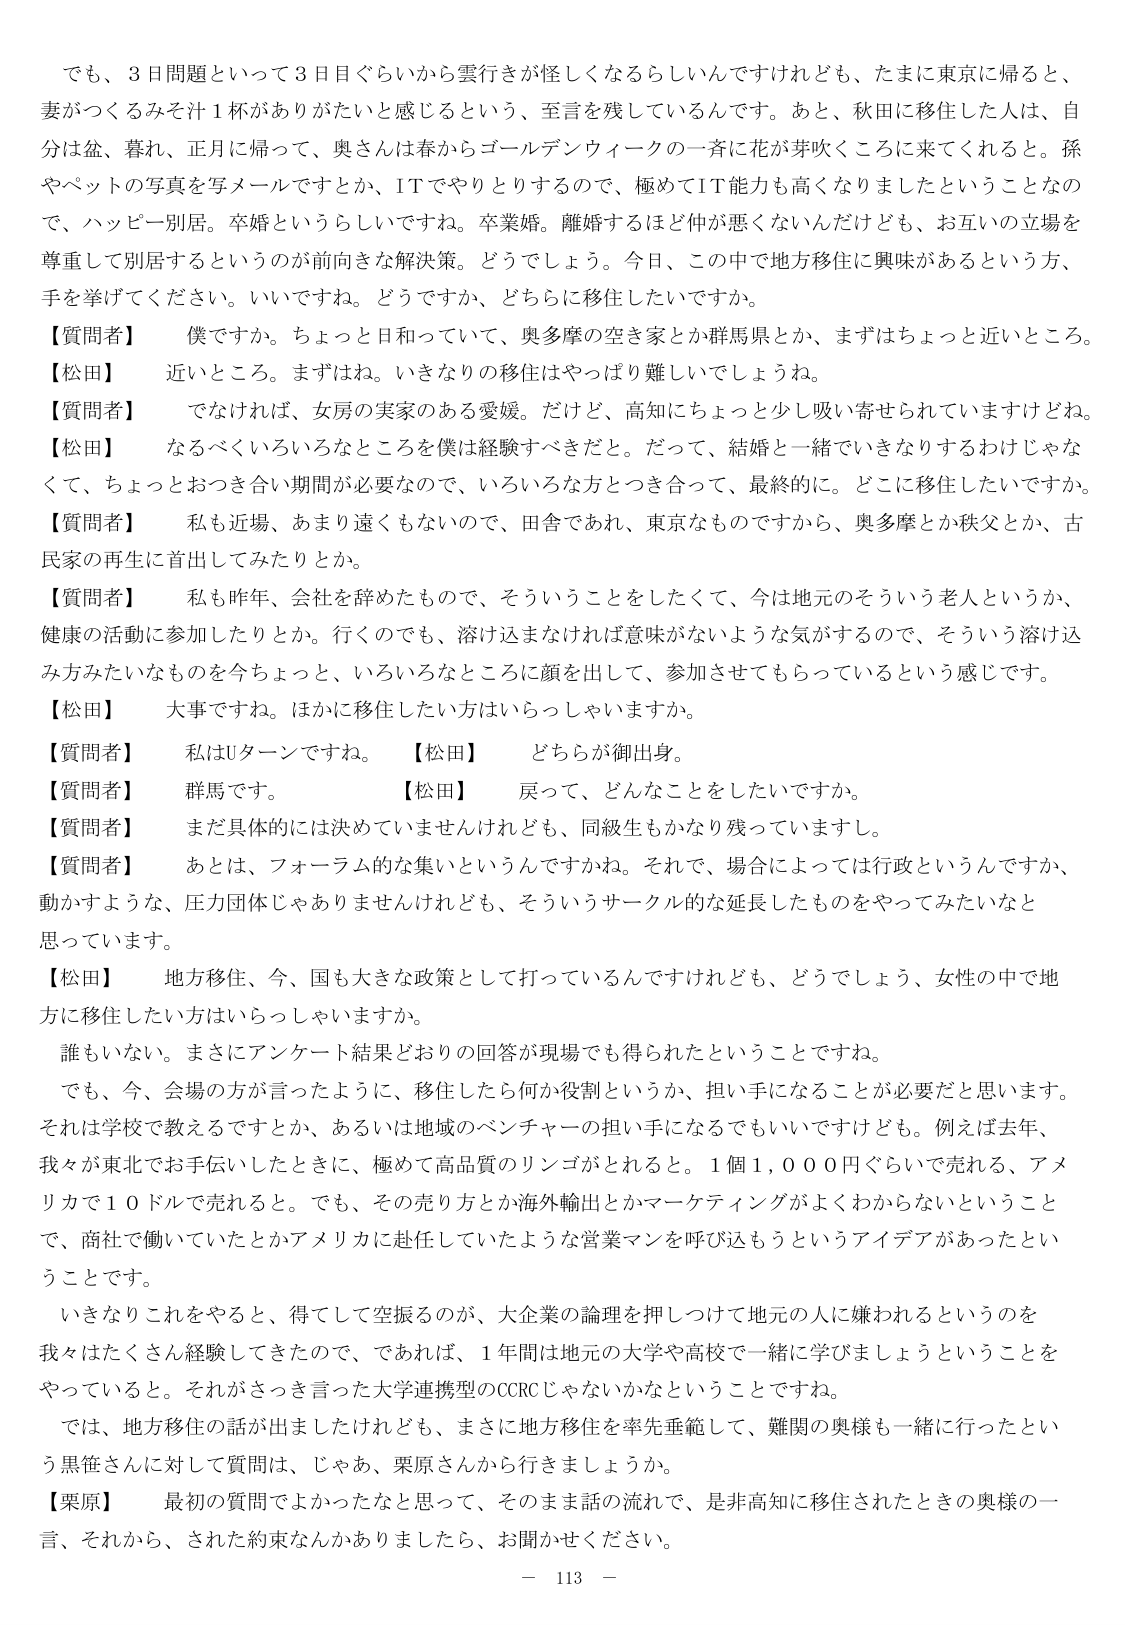
でも、3日間題といって3日目ぐらいから雲行きが怪しくなるらしいんですけども、たまに東京に帰ると、妻がつくるみそ汁1杯がありがたいと感じるという、至言を残しているんです。あと、秋田に移住した人は、自分は盆、暮れ、正月に帰って、奥さんは春からゴールデンウィークの一斉に花が芽吹くころに来てくれる。孫やペットの写真を写メールですとか、ITでやりとりするので、極めてIT能力も高くなりましたということなので、ハッピー別居。卒婚というらしいですね。卒業婚。離婚するほど仲が悪くないんだけども、お互いの立場を尊重して別居するというのが前向きな解決策。どうでしょう。今日、この中で地方移住に興味があるという方、手を挙げてください。いいですね。どうですか、どちらに移住したいですか。

【質問者】　僕ですか。ちょっと日和っていて、奥多摩の空き家とか群馬県とか、まずはちょっと近いところ。
【松田】　近いところ。まずはね。いきなりの移住はやっぱり難しいでしょうね。
【質問者】　でなければ、女房の実家のある愛媛。だけど、高知にちょっと少し吸い寄せられていますけどね。
【松田】　なるべくいろいろなところを僕は経験すべきだと。だって、結婚と一緒にいきなりするわけじゃなくて、ちょっとおつき合い期間が必要なので、いろいろな方とつき合って、最終的に。どこに移住したいですか。
【質問者】　私も近場、あまり遠くもないんで、田舎であれ、東京なものですから、奥多摩とか秩父とか、古民家の再生に首出してみたりとか。
【質問者】　私も昨年、会社を辞めたもので、そういうことをしたくて、今は地元のそういう老人というか、健康の活動に参加したりとか。行くのでも、溶け込まなければ意味がないような気がするので、そういう溶け込み方みたいなものを今ちょっと、いろいろなところに顔を出して、参加させてもらっているという感じです。
【松田】　大事ですね。ほかに移住したい方はいらっしゃいますか。
【質問者】　私はUターンですね。　【松田】　どちらが御出身。
【質問者】　群馬です。　【松田】　戻って、どんなことをしたいですか。
【質問者】　まだ具体的には決めていませんけれども、同級生もかなり残っていますし。
【質問者】　あとは、フォーラム的な集いというんですかね。それで、場合によっては行政というんですか、動かすような、圧力団体じゃありませんけれども、そういうサークル的な延長したものをやってみたいなと思っています。
【松田】　地方移住、今、国も大きな政策として打っているんですけども、どうでしょう、女性の中で地方に移住したい方はいらっしゃいますか。

誰もいない。まさにアンケート結果どおりの回答が現場でも得られたということですね。
でも、今、会場の方が言ったように、移住したら何か役割というか、担い手になることが必要だと思います。それは学校で教えるですとか、あるいは地域のベンチャーの担い手になるでもいいですけども。例えば去年、我々が東北でお手伝いしたときに、極めて高品質のリンゴがとれる。1個1,000円ぐらいで売れる、アメリカで10ドルで売れる。でも、その売り方とか海外輸出とかマーケティングがよくわからないということで、商社で働いていたとかアメリカに赴任していたような営業マンを呼び込もうというアイデアがあったということです。

いきなりこれをやると、得てして空振るのが、大企業の論理を押しつけて地元の人に嫌われるというのを我々はたくさん経験してきたので、であれば、1年間は地元の大学や高校で一緒に学びましょうということをやっていると。それがさっき言った大学連携型のCCRCじゃないかなということですね。

では、地方移住の話が出ましたけれども、まさに地方移住を率先垂範して、難関の奥様も一緒に行ったという黒笹さんに対して質問は、じゃあ、栗原さんから行きましょうか。
【栗原】　最初の質問でよかったなと思って、そのまま話の流れで、是非高知に移住されたときの奥様の一言、それから、された約束なんかありましたら、お聞かせください。

－ 113 －